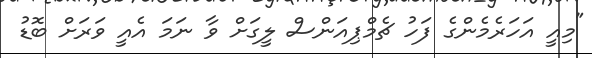
"މިއީ އަހަރެމެންގެ ފަހު ޗެމްޕިއަންސް ލީގަށް ވާ ނަމަ އެއީ ވަރަށް ބޮޑު